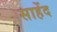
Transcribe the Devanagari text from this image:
साहेंद